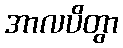
အာလပိတွာ